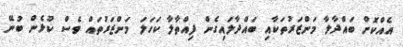
އެއްކޮށް ބައްދާލާ މަންޒަރުތަކާއި ބައްދާލައިގެން ފިއްތާލާ ކަހަލަ މަންޒަރުތައް ވެސް ކުޅެން ބުނޭ